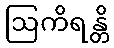
ဩကိရန္တိ